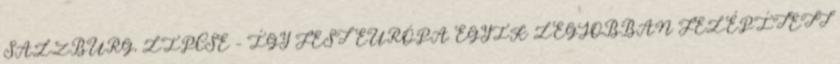
SALZBURG, LIPCSE – ÍGY FEST EURÓPA EGYIK LEGJOBBAN FELÉPÍTETT